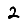
Digit: 2